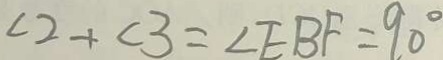
\angle 2 + \angle 3 = \angle E B F = 9 0 ^ { \circ }